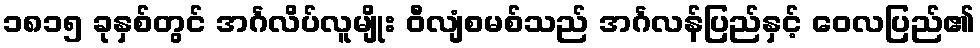
၁၈၁၅ ခုနှစ်တွင် အင်္ဂလိပ်လူမျိုး ဝီလျံစမစ်သည် အင်္ဂလန်ပြည်နှင့် ဝေလပြည်၏